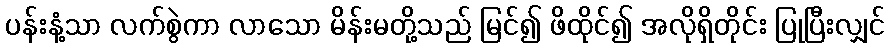
ပန်းနံ့သာ လက်စွဲကာ လာသော မိန်းမတို့သည် မြင်၍ ဖိထိုင်၍ အလိုရှိတိုင်း ပြုပြီးလျှင်